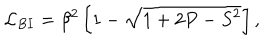
{ \cal { L } } _ { B I } = \beta ^ { 2 } \, \biggl [ 1 - \sqrt { 1 + 2 P - S ^ { 2 } } \biggr ] \, ,